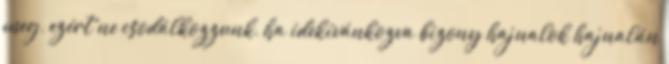
meg, ezért ne csodálkozzunk, ha idekívánkozva bizony hajnalok hajnalán